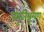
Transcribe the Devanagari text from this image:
स्यूतिभ्रूमण